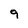
Character: 9